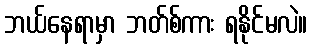
ဘယ်နေရာမှာ ဘတ်စ်ကား ရနိုင်မလဲ။